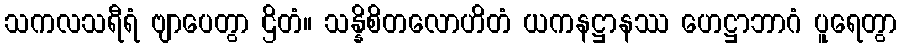
သကလသရီရံ ဗျာပေတွာ ဌိတံ။ သန္နိစိတလောဟိတံ ယကနဋ္ဌာနဿ ဟေဋ္ဌာဘာဂံ ပူရေတွာ